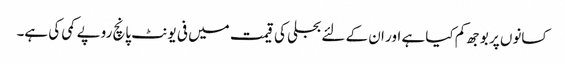
کسانوں پر بوجھ کم کیا ہے اور ان کے لئے بجلی کی قیمت میں فی یونٹ پانچ روپے کمی کی ہے۔